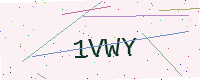
Text: 1VWY